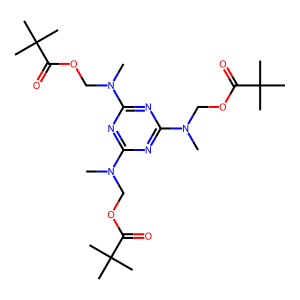
SMILES: CN(COC(=O)C(C)(C)C)c1nc(N(C)COC(=O)C(C)(C)C)nc(N(C)COC(=O)C(C)(C)C)n1
Inhibits HIV replication: No